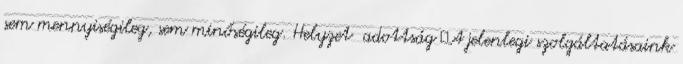
sem mennyiségileg, sem minőségileg. Helyzet adottság ▪A jelenlegi szolgáltatásaink